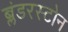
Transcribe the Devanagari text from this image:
ब्लंडरस्टोन